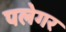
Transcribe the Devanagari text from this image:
पलेगर